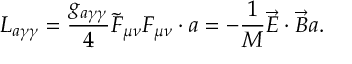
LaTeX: L _ { a \gamma \gamma } = \frac { g _ { a \gamma \gamma } } { 4 } \tilde { F } _ { \mu \nu } F _ { \mu \nu } \cdot a = - \frac { 1 } { M } \vec { E } \cdot \vec { B } a .